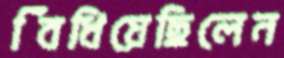
বিঁধিয়েছিলেন